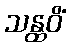
သန္ထဝိံ